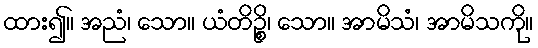
ထား၍။ အညံ၊ သော။ ယံတိဉ္စိ၊ သော။ အာမိသံ၊ အာမိသကို။